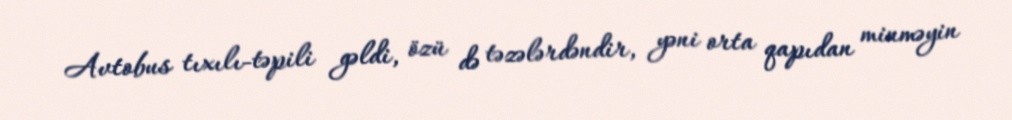
Avtobus tıxılı-təpili gəldi, özü də təzələrdəndir, yəni orta qapıdan minməyin